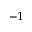
- 1